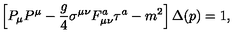
\left[ P _ { \mu } P ^ { \mu } - { \frac { g } { 4 } } \sigma ^ { \mu \nu } F _ { \mu \nu } ^ { a } \tau ^ { a } - m ^ { 2 } \right] \Delta ( p ) = 1 ,